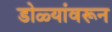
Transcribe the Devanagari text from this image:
डोळ्यांवरून